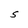
Character: S